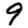
Digit: 9